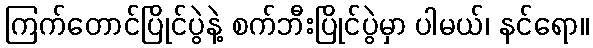
ကြက်တောင်ပြိုင်ပွဲနဲ့ စက်ဘီးပြိုင်ပွဲမှာ ပါမယ်၊ နင်ရော။